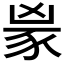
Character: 𬤼